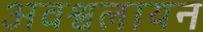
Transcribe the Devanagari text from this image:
अवश्वलायन